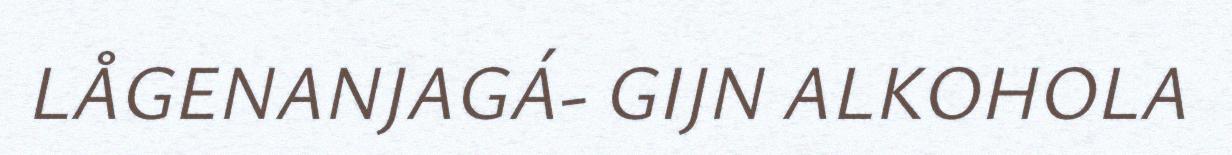
LÅGENANJAGÁ- GIJN ALKOHOLA